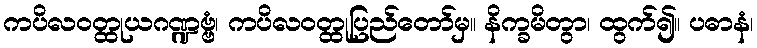
ကပိလဝတ္ထုယဂဏ္ဍဗ္ဗံ၊ ကပိလဝတ္ထုပြည်တော်မှ။ နိက္ခမိတွာ၊ ထွက်၍။ ပဓာနံ၊